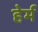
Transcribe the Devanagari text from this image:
हेर्म